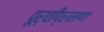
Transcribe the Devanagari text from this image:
पूर्वीप्रमाण